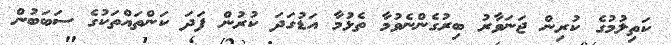
ކަތިލުމުގެ ކުރިން ޖަނަވާރު ބިރުގެންނެވުމާ ތެޅުމާ އަޑުގަދަ ކުރުން ފަދަ ކަންތައްތަކުގެ ސަބަބުން